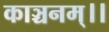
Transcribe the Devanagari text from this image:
काञ्चनम्।।